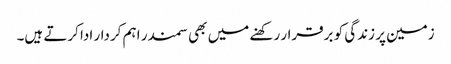
زمین پر زندگی کو برقرار رکھنے میں بھی سمندر اہم کردار ادا کرتے ہیں۔